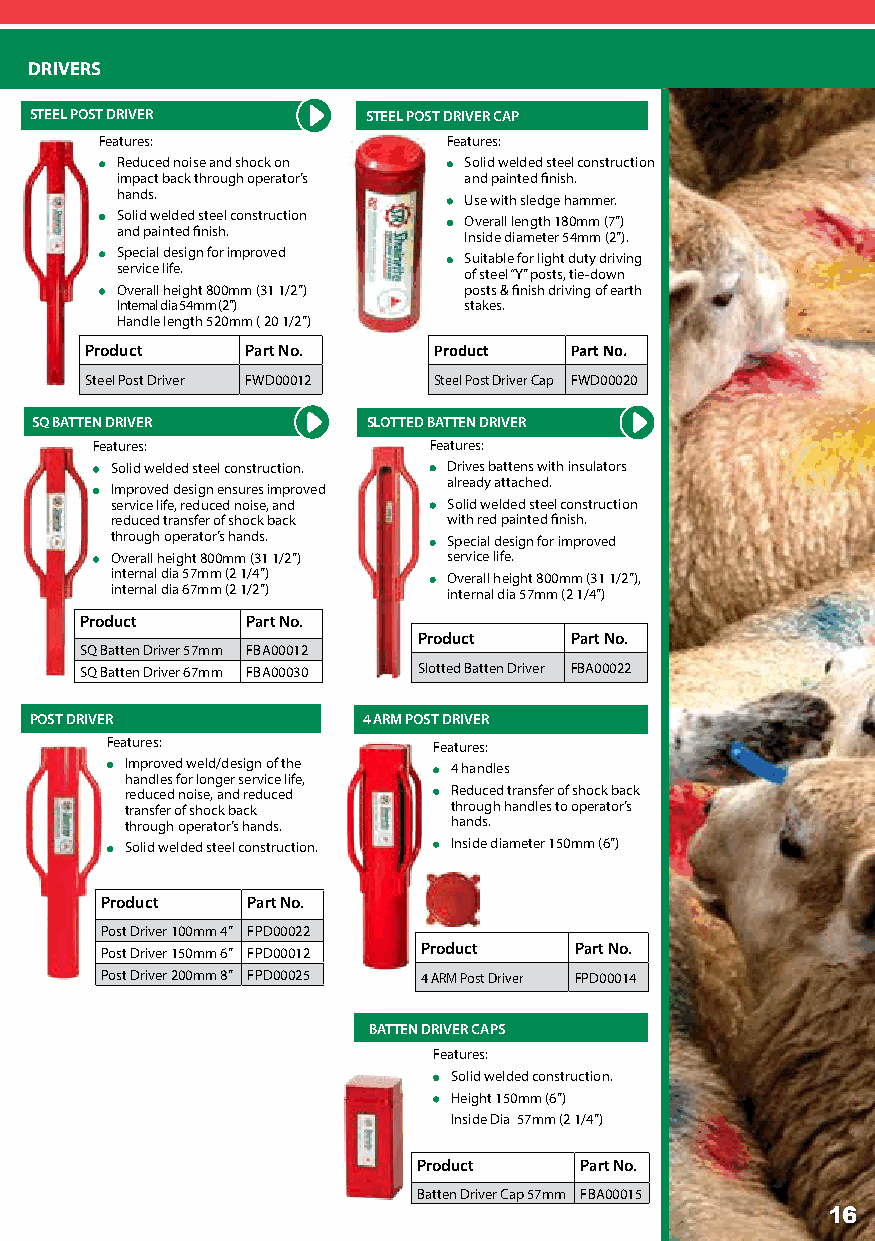
DRIVERS
 STEEL POST DRIVER     STEEL POST DRIVER CAP
 Features:              Features:
 Reduced noise and shock on Solid welded steel construction
 impact back through operator’s and painted finish.
 hands.                 Use with sledge hammer.
 Solid welded steel construction Overall length 180mm (7”)
 and painted finish.    Inside diameter 54mm (2”).
 Special design for improved Suitable for light duty driving
 service life.          of steel “Y” posts, tie-down
 Overall height 800mm (31 1/2”) posts & finish driving of earth
 Internal dia 54mm (2”) stakes.
 Handle length 520mm ( 20 1/2”)
 Product   Part No.     Product  Part No.
 Steel Post Driver FWD00012 Steel Post Driver Cap FWD00020
 SQ BATTEN DRIVER      SLOTTED BATTEN DRIVER
 Features:             Features:
 Solid welded steel construction. Drives battens with insulators
 already attached.
 Improved design ensures improved
 service life, reduced noise, and Solid welded steel construction
 reduced transfer of shock back with red painted finish.
 through operator’s hands. Special design for improved
 Overall height 800mm (31 1/2”) service life.
 internal dia 57mm (2 1/4”) Overall height 800mm (31 1/2”),
 internal dia 67mm (2 1/2”) internal dia 57mm (2 1/4”)
 Product    Part No.
 Product   Part No.
 SQ Batten Driver 57mm FBA00012
 SQ Batten Driver 67mm FBA00030 Slotted Batten Driver FBA00022
 POST DRIVER           4 ARM POST DRIVER
 Features:             Features:
 Improved weld/design of the 4 handles
 handles for longer service life,
 reduced noise, and reduced Reduced transfer of shock back
 transfer of shock back through handles to operator’s
 through operator’s hands. hands.
 Solid welded steel construction. Inside diameter 150mm (6”)
 Product  Part No.
 Post Driver 100mm 4” FPD00022
 Post Driver 150mm 6” FPD00012 Product Part No.
 Post Driver 200mm 8” FPD00025 4 ARM Post Driver FPD00014
 BATTEN DRIVER CAPS
 Features:
 Solid welded construction.
 Height 150mm (6”)
 Inside Dia 57mm (2 1/4”)
 Product   Part No.
 Batten Driver Cap 57mm FBA00015
 16